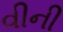
વીની